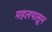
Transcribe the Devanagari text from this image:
महलपासून